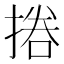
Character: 𢰪